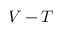
V - T